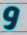
و